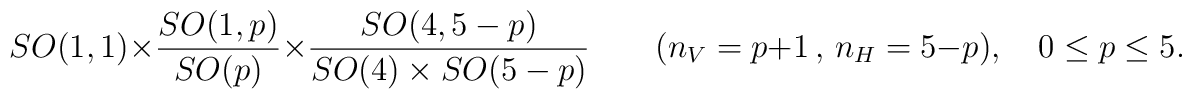
SO(1,1) \times \frac{SO(1,p)}{SO(p)}\times\frac{SO(4,5-p)}{SO(4)\times SO(5-p)} \qquad (n_V=p+1 \, , \,n_H=5-p), \quad 0\leq p \leq 5.